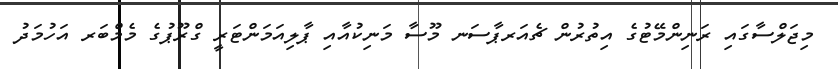
މިޖަލްސާގައި ރަނިންމޭޓުގެ އިތުރުން ޗެއަރޕާސަނ މޫސާ މަނިކުއާއި ޕާލިއަމަންޓަރީ ގްރޫޕުގެ މެމްބަރ އަހުމަދު